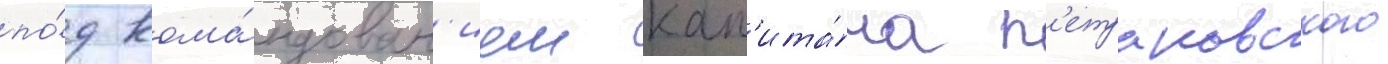
по́д кома́ндован'ием кап'ита́на п'етраковского